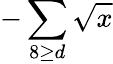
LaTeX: -\sum\limits_{8\geq d}\sqrt{x}